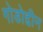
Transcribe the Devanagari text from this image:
गोडोद्दीन